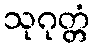
သုဂုတ္တံ